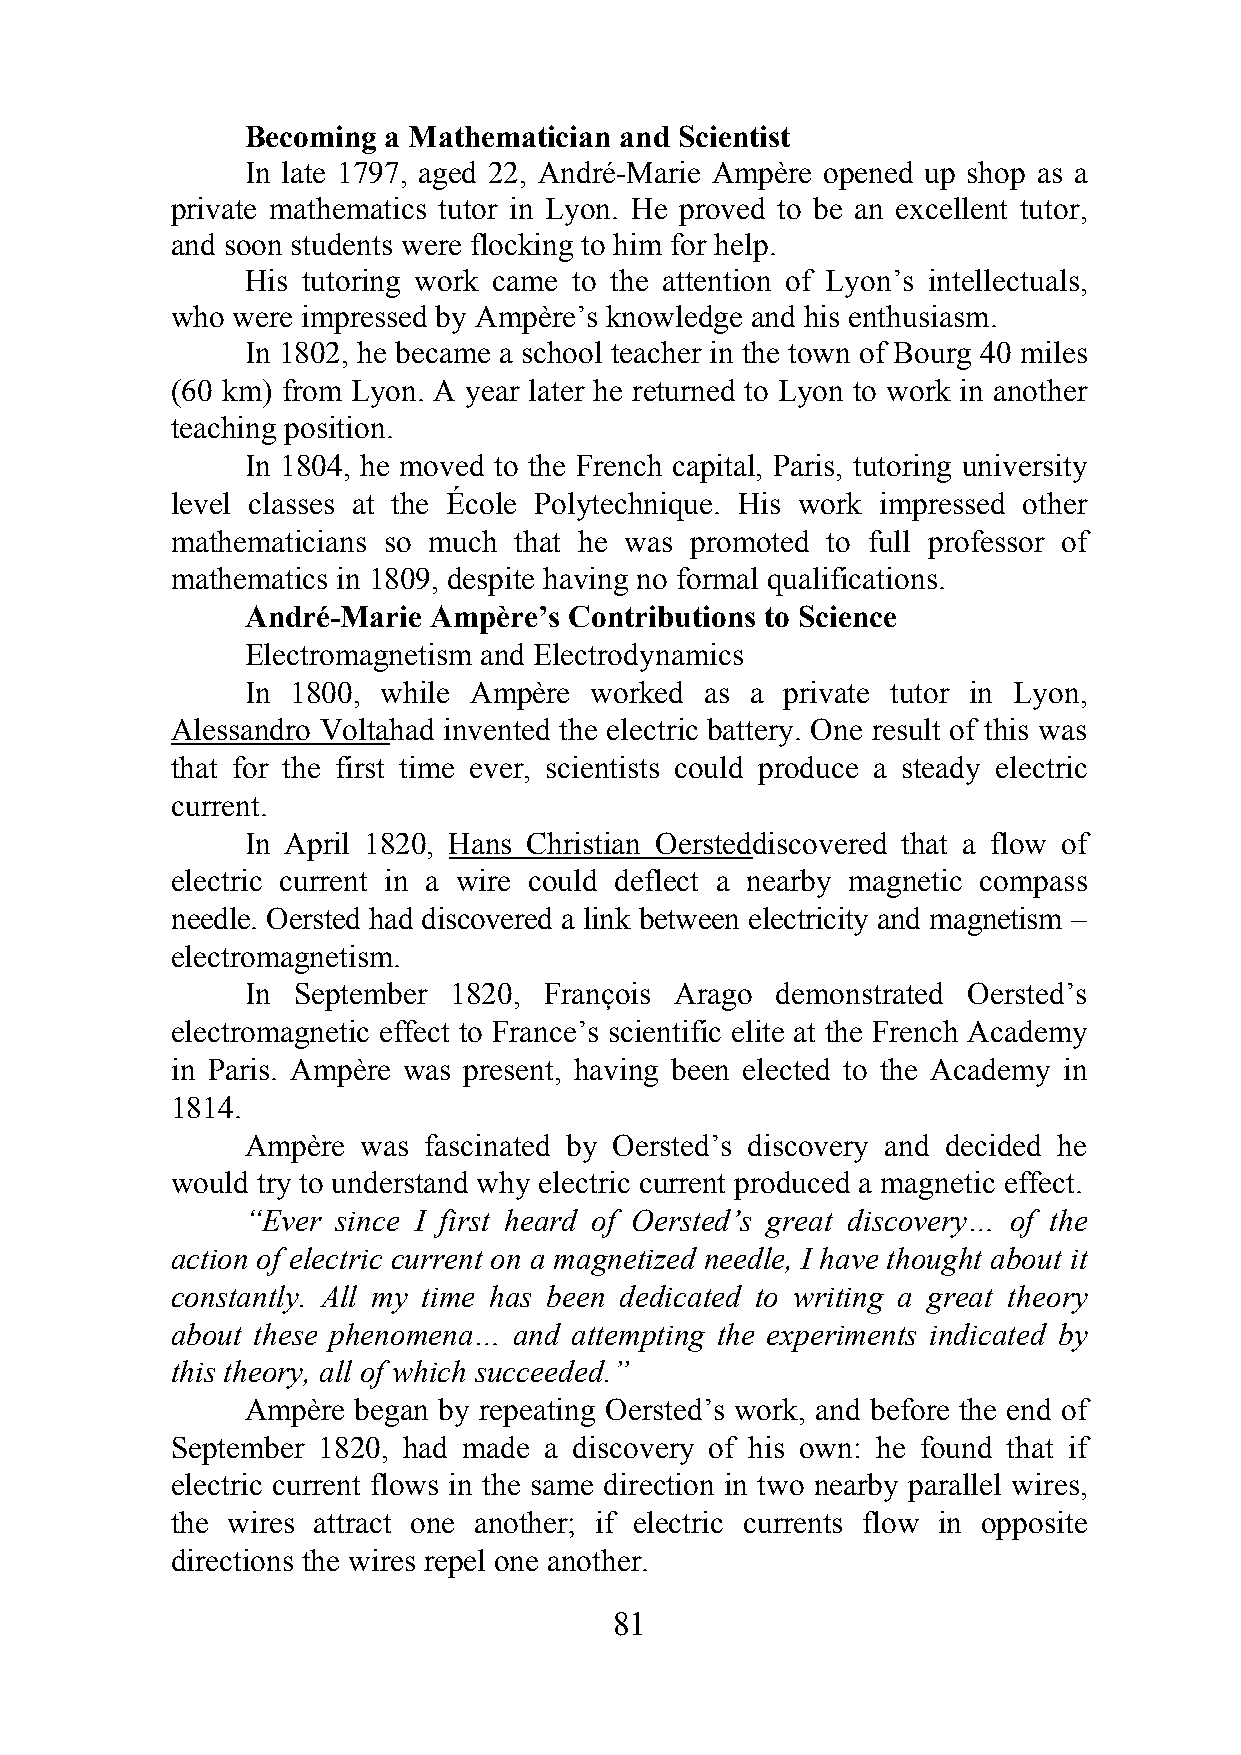
Becoming a Mathematician and Scientist
 In late 1797, aged 22, André-Marie Ampère opened up shop as a
 private mathematics tutor in Lyon. He proved to be an excellent tutor,
 and soon students were flocking to him for help.
 His tutoring work came to the attention of Lyon’s intellectuals,
 who were impressed by Ampère’s knowledge and his enthusiasm.
 In 1802, he became a school teacher in the town of Bourg 40 miles
 (60 km) from Lyon. A year later he returned to Lyon to work in another
 teaching position.
 In 1804, he moved to the French capital, Paris, tutoring university
 level classes at the École Polytechnique. His work impressed other
 mathematicians so much that he was promoted to full professor of
 mathematics in 1809, despite having no formal qualifications.
 André-Marie Ampère’s  Contributions to Science
 Electromagnetism and Electrodynamics
 In 1800, while Ampère  worked  as a private tutor in Lyon,
 Alessandro Voltahad invented the electric battery. One result of this was
 that for the first time ever, scientists could produce a steady electric
 current.
 In April 1820, Hans Christian Oersteddiscovered that a flow of
 electric current in a wire could deflect a nearby magnetic compass
 needle. Oersted had discovered a link between electricity and magnetism –
 electromagnetism.
 In September  1820, François Arago demonstrated Oersted’s
 electromagnetic effect to France’s scientific elite at the French Academy
 in Paris. Ampère was present, having been elected to the Academy in
 1814.
 Ampère  was fascinated by Oersted’s discovery and decided he
 would try to understand why electric current produced a magnetic effect.
 “Ever since I first heard of Oersted’s great discovery… of the
 action of electric current on a magnetized needle, I have thought about it
 constantly. All my time has been dedicated to writing a great theory
 about these phenomena… and attempting the experiments indicated by
 this theory, all of which succeeded.”
 Ampère  began by repeating Oersted’s work, and before the end of
 September 1820, had made a discovery of his own: he found that if
 electric current flows in the same direction in two nearby parallel wires,
 the wires attract one another; if electric currents flow in opposite
 directions the wires repel one another.
 81